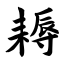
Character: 耨